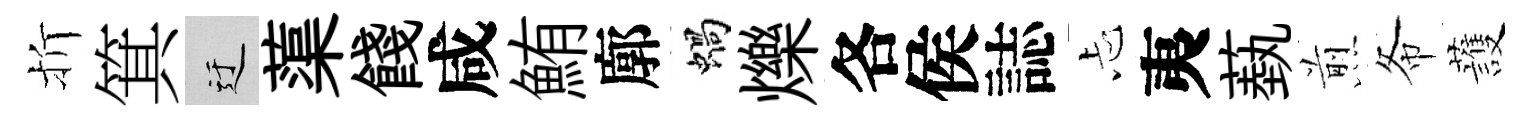
折箕迂蕖餞咸鮪廓蝸爍各侯誌忐夷蓺煎𢁙䕶